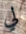
لي